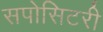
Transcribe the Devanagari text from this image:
सपोसिटरी